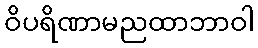
ဝိပရိဏာမညထာဘာဝါ